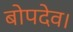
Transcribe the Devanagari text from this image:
बोपदेव।